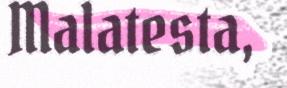
Malatesta,